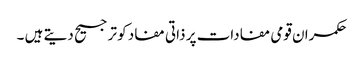
حکمران قومی مفادات پر ذاتی مفاد کو ترجیح دیتے ہیں ۔